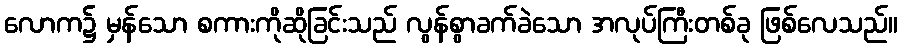
လောက၌ မှန်သော စကားကိုဆိုခြင်းသည် လွန်စွာခက်ခဲသော အလုပ်ကြီးတစ်ခု ဖြစ်လေသည်။